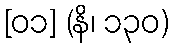
[၀၁] (နိ၊ ၁၃၀)